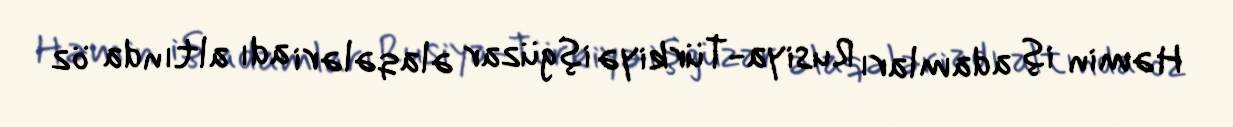
Həmin iş adamları Rusiya-Türkiyə işgüzar əlaqələri adı altında öz